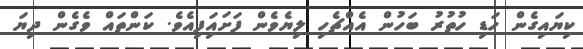
ކިޔައިގެން ހަޑި ހުތުރު ބަހުން އެއްޗެހި ލިޔެވެން ފަށައަިފިއެވެ. ކަންތައް ވެގެން ދިޔަ